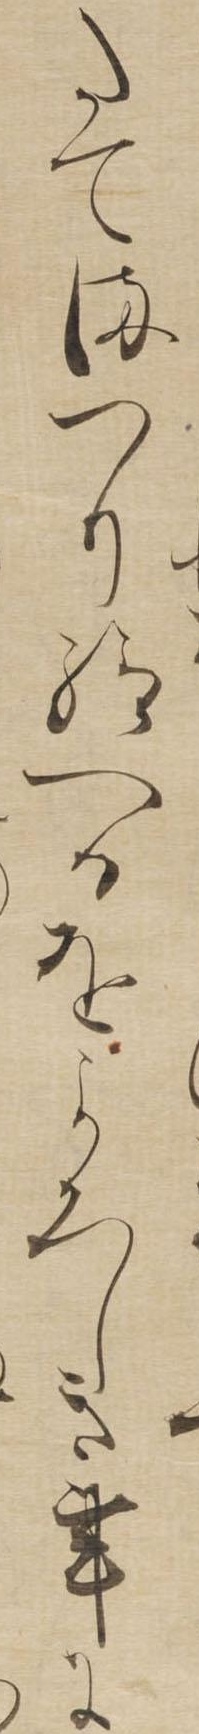
たてまつり給へるをよろしき事に